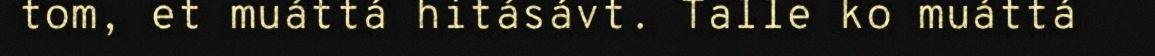
tom, et muáttá hitásávt. Talle ko muáttá